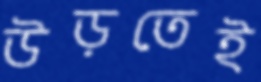
উড়তেই